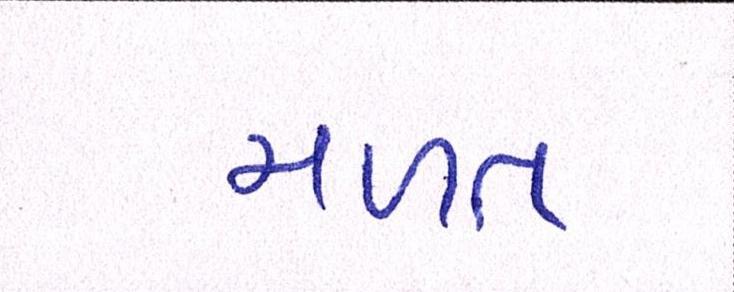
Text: મળત